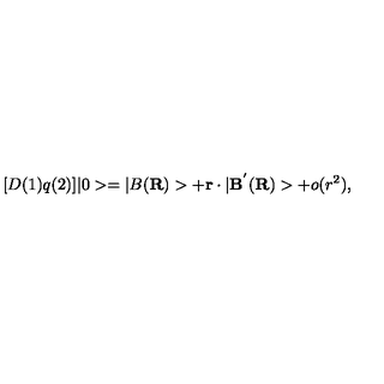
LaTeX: [ D ( 1 ) q ( 2 ) ] | 0 > = | B ( { \bf R } ) > + { \bf r } \cdot | { \bf B } ^ { ' } ( { \bf R } ) > + o ( r ^ { 2 } ) ,